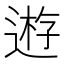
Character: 𨔼